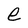
Character: e